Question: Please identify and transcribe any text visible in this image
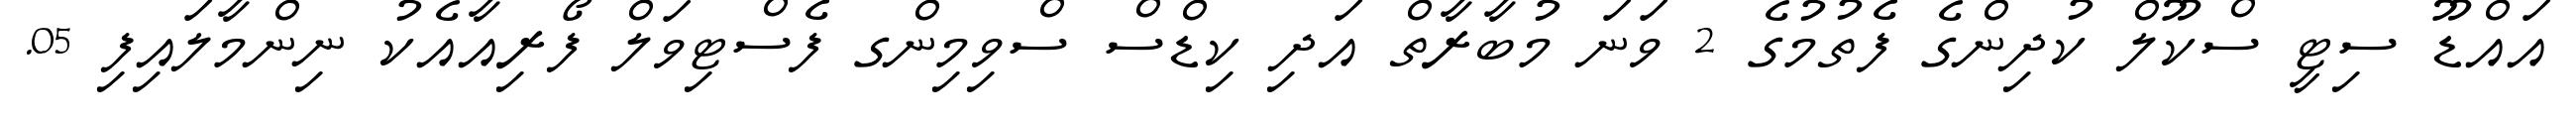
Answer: އައްޑޫ ސިޓީ ސްކޫލް ކުދިންގެ ފެތުމުގެ 2 ވަނަ މުބާރާތް އަދި ކިޑްސް ސްވިމިންގ ފެސްޓިވަލް ފޯރިއާއެކު ނިންމާލައިފި 05.